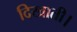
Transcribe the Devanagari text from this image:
दिखाती।